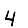
Digit: 4